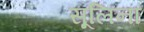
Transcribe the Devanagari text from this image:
सूलिना